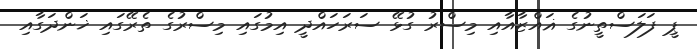
ޕީ ފަލަސްތީނުގެ ޣައްޒާއާއި މިސްރު ގުޅޭ ސަރަހައްދީ އިމުގައި މިސްރުގެ ތެރޭގައި ޚަންދަގާއި